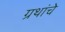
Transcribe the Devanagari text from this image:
ग्रथांचे